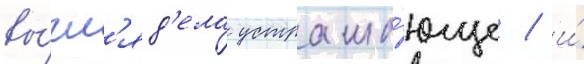
вы́гл'яд'ела устраша́юще / и́